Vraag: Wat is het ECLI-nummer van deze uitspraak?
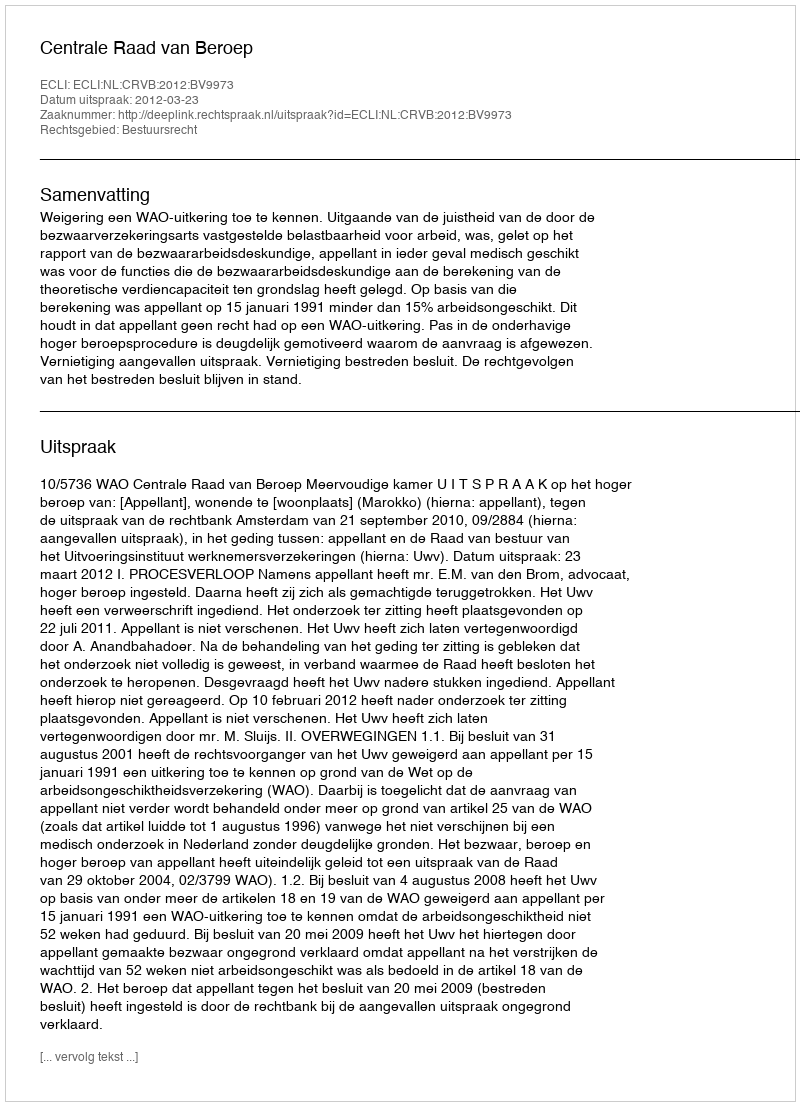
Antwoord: ECLI:NL:CRVB:2012:BV9973